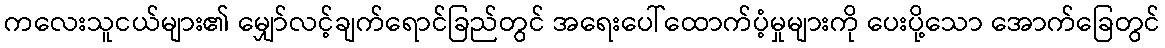
ကလေးသူငယ်များ၏ မျှော်လင့်ချက်ရောင်ခြည်တွင် အရေးပေါ်ထောက်ပံ့မှုများကို ပေးပို့သော အောက်ခြေတွင်